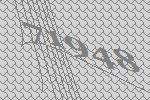
71948